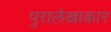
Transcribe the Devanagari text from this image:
पुरालेखाकार